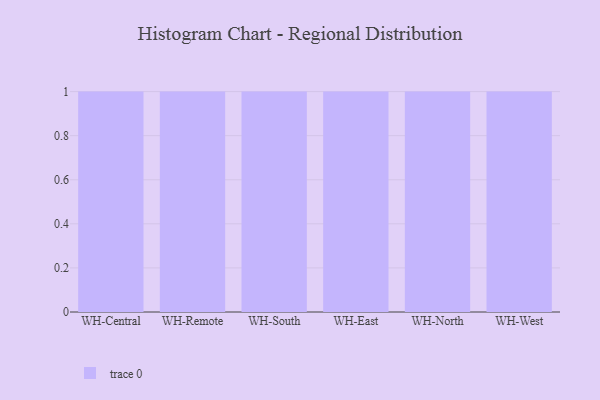
{"axis": {"x": "Warehouse", "y": "Market Share (%)"}, "legend": [""], "data": [{"x": "WH-Central", "y": 94, "type": ""}, {"x": "WH-Remote", "y": 95, "type": ""}, {"x": "WH-South", "y": 6, "type": ""}, {"x": "WH-East", "y": 19, "type": ""}, {"x": "WH-North", "y": 38, "type": ""}, {"x": "WH-West", "y": 90, "type": ""}]}